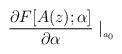
LaTeX: \begin{align*}\frac{\partial F[A(z);\alpha ]}{\partial \alpha }\mid _{_{a_{0}}}\end{align*}